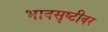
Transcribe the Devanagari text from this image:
भावसृष्टीवर